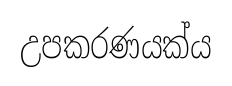
උපකරණයක්ය